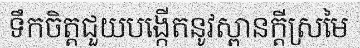
ទឹកចិត្តជួយបង្កើតនូវស្ពានក្តីស្រមៃ